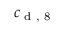
c _ { \textup { d , 8 } }